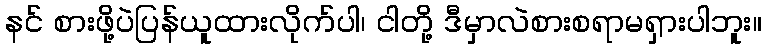
နင် စားဖို့ပဲပြန်ယူထားလိုက်ပါ၊ ငါတို့ ဒီမှာလဲစားစရာမရှားပါဘူး။